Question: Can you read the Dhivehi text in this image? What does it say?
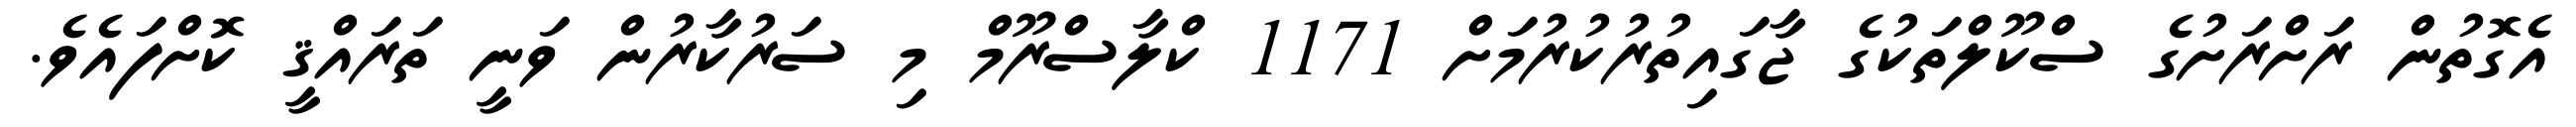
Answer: އެގޮތުން ރަށްރަށުގެ ސްކޫލްތަކުގެ ޖާގައިތުރުކުރުމަށް 1171 ކްލާސްރޫމް މި ސަރުކާރުން ވަނީ ތަރައްޤީ ކޮށްފައެވެ.